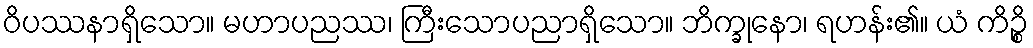
ဝိပဿနာရှိသော။ မဟာပညဿ၊ ကြီးသောပညာရှိသော။ ဘိက္ခုနော၊ ရဟန်း၏။ ယံ ကိဉ္စိ